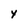
Character: Y